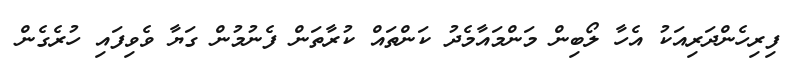
ފިރިހެންދަރިއަކު އެހާ ލޯބިން މަންމައާމެދު ކަންތައް ކުރާތަން ފެނުމުން ގަޔާ ވެވިފައި ހުރެގެން